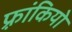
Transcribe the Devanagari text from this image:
फ़्रांकियो